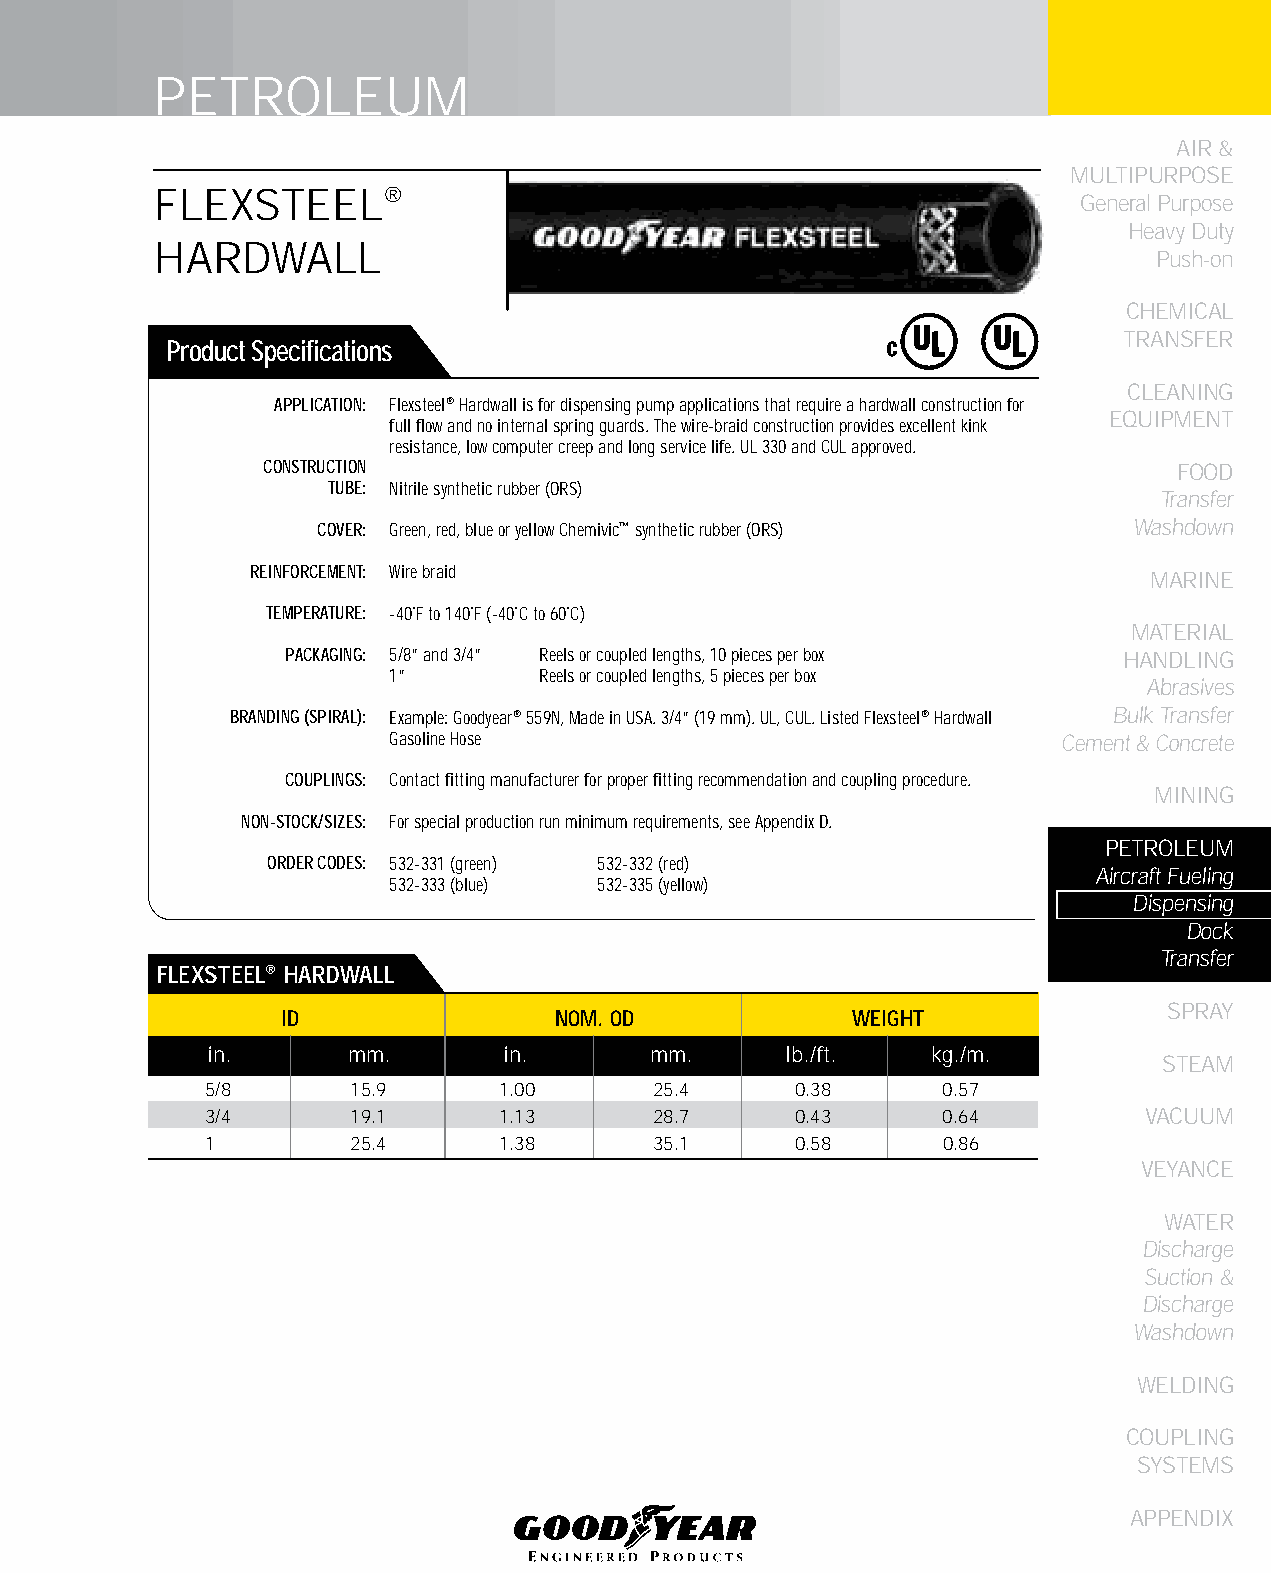
PETROLEUM
 AIR &
 MULTIPURPOSE
 FLEXSTEEL®
 General Purpose
 Heavy Duty
 HARDWALL
 Push-on
 CHEMICAL
 TRANSFER
 Product Specifications
 CLEANING
 APPLICATION: Flexsteel® Hardwall is for dispensing pump applications that require a hardwall construction for
 EqUIPMENT
 full flow and no internal spring guards. The wire-braid construction provides excellent kink
 resistance, low computer creep and long service life. UL 330 and CUL approved.
 CONSTRUCTION                                                FOOD
 TUBE: Nitrile synthetic rubber (ORS)
 Transfer
 COVER: Green, red, blue or yellow Chemivic™ synthetic rubber (ORS) Washdown
 REINFORCEMENT: Wire braid
 MARINE
 TEMPERATURE: -40˚F to 140˚F (-40˚C to 60˚C)
 MATERIAL
 PACKAGING: 5/8” and 3/4” Reels or coupled lengths, 10 pieces per box HANDLING
 1”        Reels or coupled lengths, 5 pieces per box
 Abrasives
 BRANDING (SPIRAL): Example: Goodyear® 559N, Made in USA. 3/4” (19 mm). UL, CUL. Listed Flexsteel® Hardwall Bulk Transfer
 Gasoline Hose                               Cement & Concrete
 COUPLINGS: Contact fitting manufacturer for proper fitting recommendation and coupling procedure.
 MINING
 NON-STOCK/SIZES: For special production run minimum requirements, see Appendix D.
 PETROLEUM
 ORDER CODES: 532-331 (green) 532-332 (red)
 Aircraft Fueling
 532-333 (blue) 532-335 (yellow)
 Dispensing
 Dock
 Transfer
 fLEXSTEEL® HARDWALL
 SPRAY
 ID                NOM. OD             WEIGHT
 in.      mm.       in.       mm.      lb./ft.   kg./m.
 STEAM
 5/8      15.9      1.00      25.4      0.38     0.57
 3/4      19.1      1.13      28.7      0.43     0.64          VACUUM
 1        25.4      1.38      35.1      0.58     0.86
 VEYANCE
 WATER
 Discharge
 Suction &
 Discharge
 Washdown
 WELDING
 COUPLING
 SYSTEMS
 APPENDIX
 153